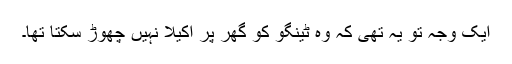
ایک وجہ تو یہ تھی کہ وہ ٹینگو کو گھر پر اکیلا نہیں چھوڑ سکتا تھا۔